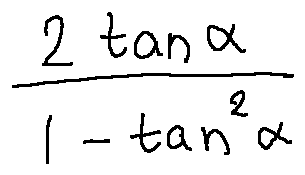
\frac { 2 \tan \alpha } { 1 - \tan ^ { 2 } \alpha }